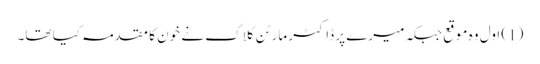
(1) اول وہ موقع جبکہ میرے پر ڈاکٹر مارٹن کلاک نے خون کا مقدمہ کیا تھا۔